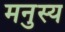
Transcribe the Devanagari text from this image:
मनुस्य